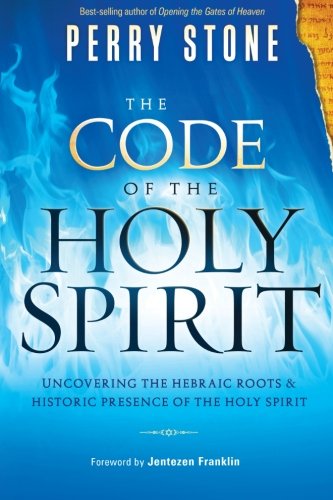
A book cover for The Code of the Holy Spirit: Uncovering the Hebraic Roots and Historic Presence of the Holy Spirit; Perry Stone; Christian Books & Bibles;